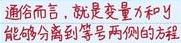
通俗而言，就是变量$x$和$y$能够分离到等号两侧的方程。